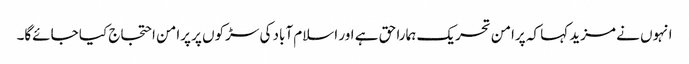
انہوں نے مزید کہا کہ پرامن تحریک ہمارا حق ہے اور اسلام آباد کی سڑکوں پر پرامن احتجاج کیا جائےگا۔